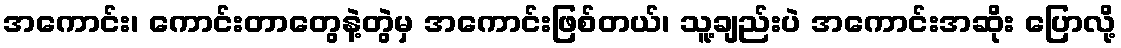
အကောင်း၊ ကောင်းတာတွေနဲ့တွဲမှ အကောင်းဖြစ်တယ်၊ သူ့ချည်းပဲ အကောင်းအဆိုး ပြောလို့